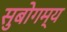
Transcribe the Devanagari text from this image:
सुबोगम्य